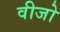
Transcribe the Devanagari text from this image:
वीजो